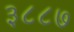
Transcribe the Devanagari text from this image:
३८८७